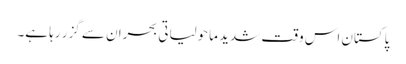
پاکستان اس وقت شدید ماحولیاتی بحران سے گزر رہا ہے۔